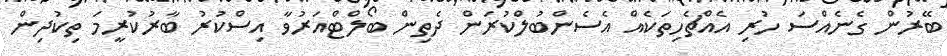
ބޭރުން ގެނެއްސަ ހުރި އެއްޗެހިތަކެއް އެސެންބުލްކުރަން ދެތިން ބޯލްޓްއަރުވާ އިސްކުރު ބާރުކުރީމަ ތިކުދިން